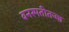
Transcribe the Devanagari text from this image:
वनस्पतीतज्ज्ञ